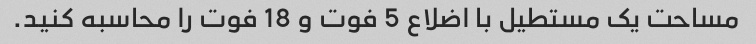
مساحت یک مستطیل با اضلاع 5 فوت و 18 فوت را محاسبه کنید.